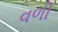
વળી